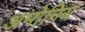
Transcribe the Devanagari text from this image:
अमोनिय